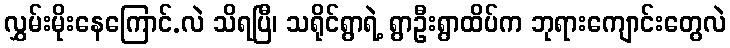
လွှမ်းမိုးနေကြောင်.လဲ သိရပြီ၊ သရိုင်ရွာရဲ့ ရွာဦးရွာထိပ်က ဘုရားကျောင်းတွေလဲ